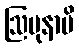
ဩပုနာမိ